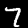
Digit: 7